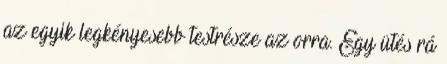
az egyik legkényesebb testrésze az orra. Egy ütés rá